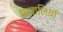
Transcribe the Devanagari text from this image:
प्रणालिय़ों